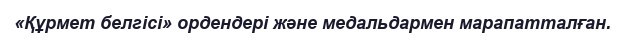
«Құрмет белгісі» ордендері және медальдармен марапатталған.